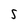
Character: S